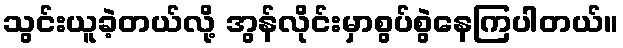
သွင်းယူခဲ့တယ်လို့ အွန်လိုင်းမှာစွပ်စွဲနေကြပါတယ်။